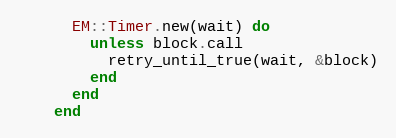
Language: Ruby
      EM::Timer.new(wait) do
        unless block.call
          retry_until_true(wait, &block)
        end
      end
    end